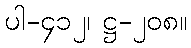
ပါ-၄၁၂၊ ဋ္ဌ-၂၀၈။